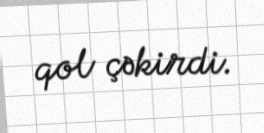
qol çəkirdi.